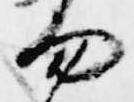
勿